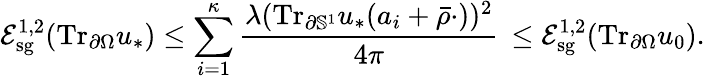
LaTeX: \mathcal E_{\mathrm{sg}}^{1,2}(\mathrm{Tr}_{\partial\Omega}u_{*})\leq\sum_{i=1}^{\kappa}\frac{\lambda(\mathrm{Tr}_{\partial\mathbb{S}^{1}}u_{*}(a_{i}+\bar{\rho}\cdot))^{2}}{4\pi}\, \leq\mathcal E_{\mathrm{sg}}^{1,2}(\mathrm{Tr}_{\partial\Omega}u_{0}).